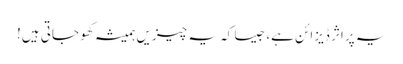
یہ پراثر ڈیزائن ہے، جیسا کہ یہ چیزیں ہمیشہ کھو جاتی ہیں!